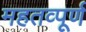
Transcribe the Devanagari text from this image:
महतव्पूर्ण